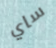
ساي